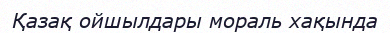
Қазақ ойшылдары мораль хақында